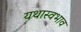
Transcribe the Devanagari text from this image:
यथास्वभाव